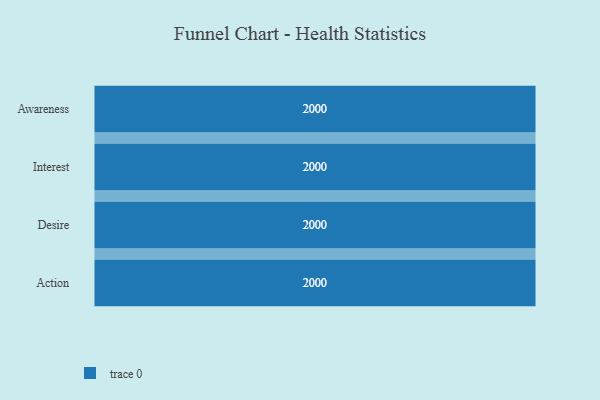
{"axis": {"x": "Stage", "y": "Value"}, "legend": [""], "data": [{"x": "Awareness", "y": 2000, "type": ""}, {"x": "Interest", "y": 2000, "type": ""}, {"x": "Desire", "y": 2000, "type": ""}, {"x": "Action", "y": 2000, "type": ""}]}